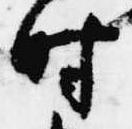
時